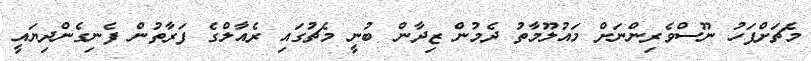
މެޗަށްފަހު ނޫސްވެރިންނަށް މައުލޫމާތު ދެމުން ޒިދާން ބުނީ މެޗުގައި ރެއާލްގެ ފަރާތުން ފެނިގެންދިޔައީ